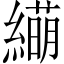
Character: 𫄁